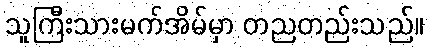
သူကြီးသားမက်အိမ်မှာ တညတည်းသည်။